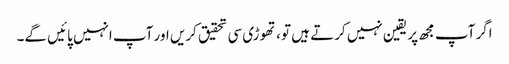
اگر آپ مجھ پر یقین نہیں کرتے ہیں تو ، تھوڑی سی تحقیق کریں اور آپ انہیں پائیں گے۔